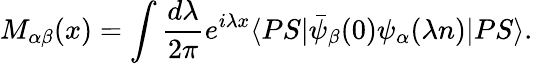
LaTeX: M_{\alpha\beta}(x)=\int\frac{d\lambda}{2\pi}e^{i\lambda x}\langle PS|\bar{\psi}_{\beta}(0)\psi_{\alpha}(\lambda n)|PS\rangle.